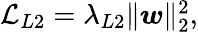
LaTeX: \begin{array}{r}{\mathcal{L}_{L2}=\lambda_{L2}\lVert\boldsymbol{w}\rVert_{2}^{2},}\end{array}